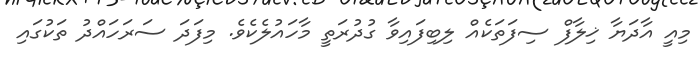
މިއީ އާދަޔާ ޚިލާފް ސިފަތަކެއް ލިބިފައިވާ ގުދުރަތީ މާހައުލެކެވެ. މިފަދަ ސަރަހައްދު ތަކުގައި